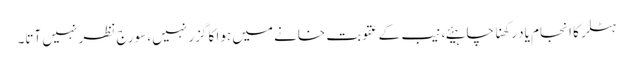
ہٹلر کا انجام یاد رکھنا چاہیئے، نیب کے عقوبت خانے میں ہوا کا گزر نہیں، سورج نظر نہیں آتا۔